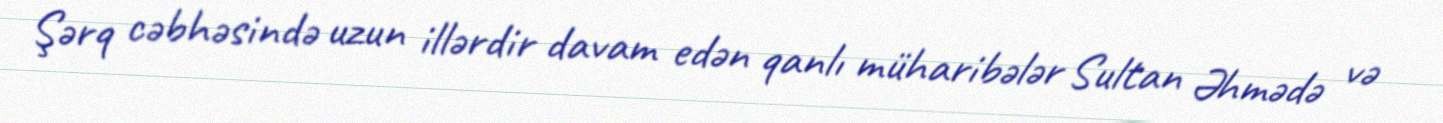
Şərq cəbhəsində uzun illərdir davam edən qanlı müharibələr Sultan Əhmədə və